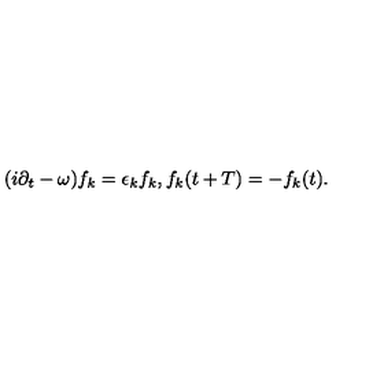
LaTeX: ( i \partial _ { t } - \omega ) f _ { k } = \epsilon _ { k } f _ { k } , f _ { k } ( t + T ) = - f _ { k } ( t ) .